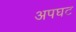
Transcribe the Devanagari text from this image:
अपघट